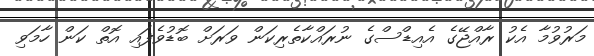
މަރުވުމާ އެކު ރާއްޖޭގެ އެއިޑްސްގެ ނުރައްކާތެރިކަން ވަރަށް ބޮޑުވެފައި އޮތް ކަން ހާމަވި